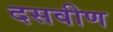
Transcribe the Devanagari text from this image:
दसवीण